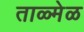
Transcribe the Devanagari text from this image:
ताळ्मेळ